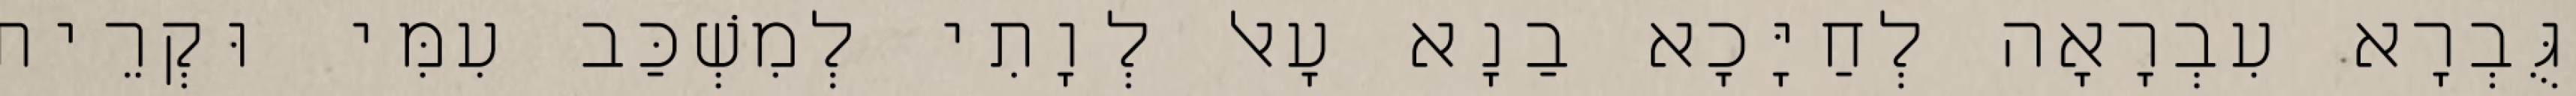
גֻּבְרָא עִבְרָאָה לְחַיָּכָא בַנָא עָאל לְוָתִי לְמִשְׁכַּב עִמִּי וּקְרֵית